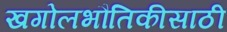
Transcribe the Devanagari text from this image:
खगोलभौतिकीसाठी